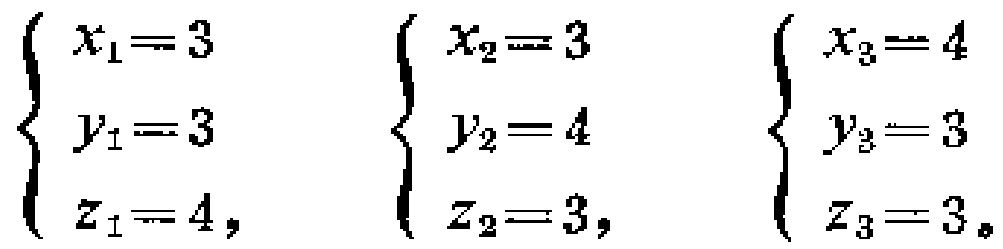
\(\begin{cases}

x_1 = 3 \\

y_1 = 3 \\

z_1 = 4,

\end{cases}\)

\(\begin{cases}

x_2 = 3 \\

y_2 = 4 \\

z_2 = 3,

\end{cases}\)

\(\begin{cases}

x_3 = 4 \\

y_3 = 3 \\

z_3 = 3。

\end{cases}\)